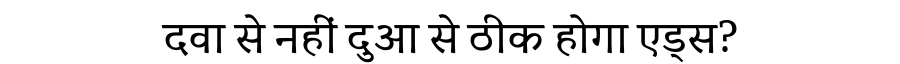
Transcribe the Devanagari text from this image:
दवा से नहीं दुआ से ठीक होगा एड्स?